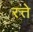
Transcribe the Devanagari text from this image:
रत्ते